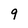
Character: 9